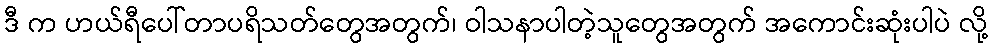
ဒီ က ဟယ်ရီပေါ်တာပရိသတ်တွေအတွက်၊ ဝါသနာပါတဲ့သူတွေအတွက် အကောင်းဆုံးပါပဲ လို့